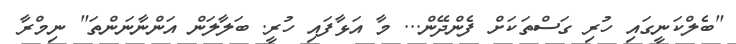
"ބެލްކަނީގައި ހުރި ގަސްތަކަށް ފެންދޭން... މާ އަޅާފައި ހުރީ. ބަލާލަން އަންނާނަންތަ" ނިމްރާ